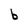
Character: b